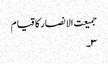
جمیعت الانصار کا قیام
۳۔